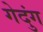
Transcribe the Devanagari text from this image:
गेदुंग